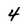
Character: 4